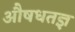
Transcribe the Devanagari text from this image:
औषधतज्ञ